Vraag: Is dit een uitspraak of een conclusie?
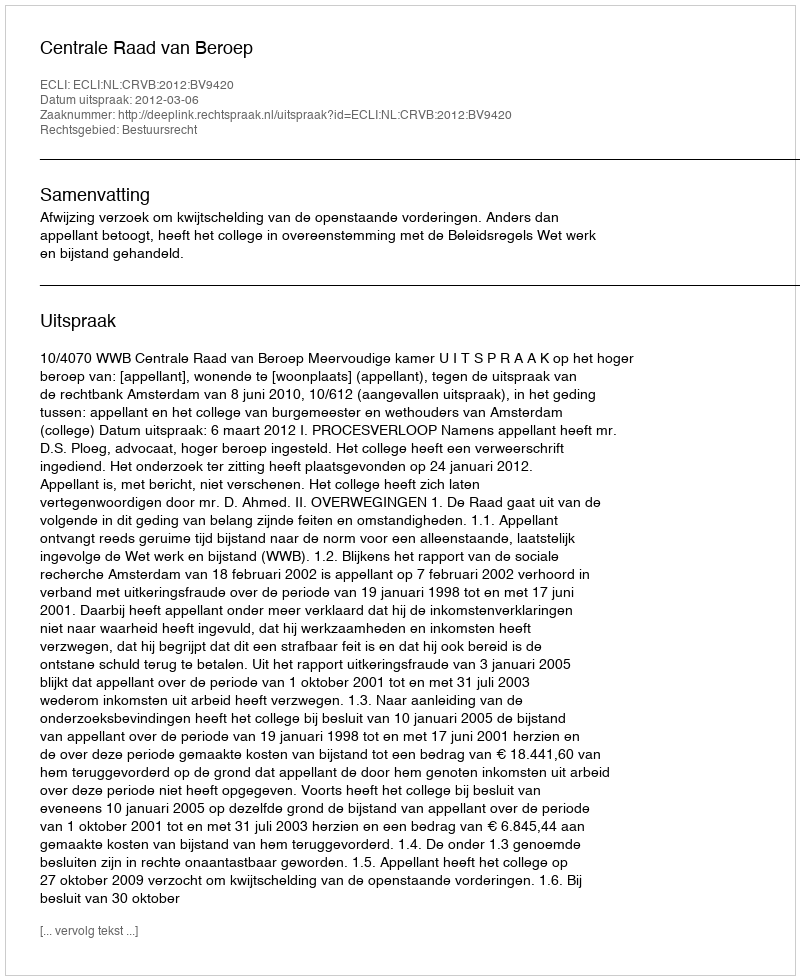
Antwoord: Uitspraak